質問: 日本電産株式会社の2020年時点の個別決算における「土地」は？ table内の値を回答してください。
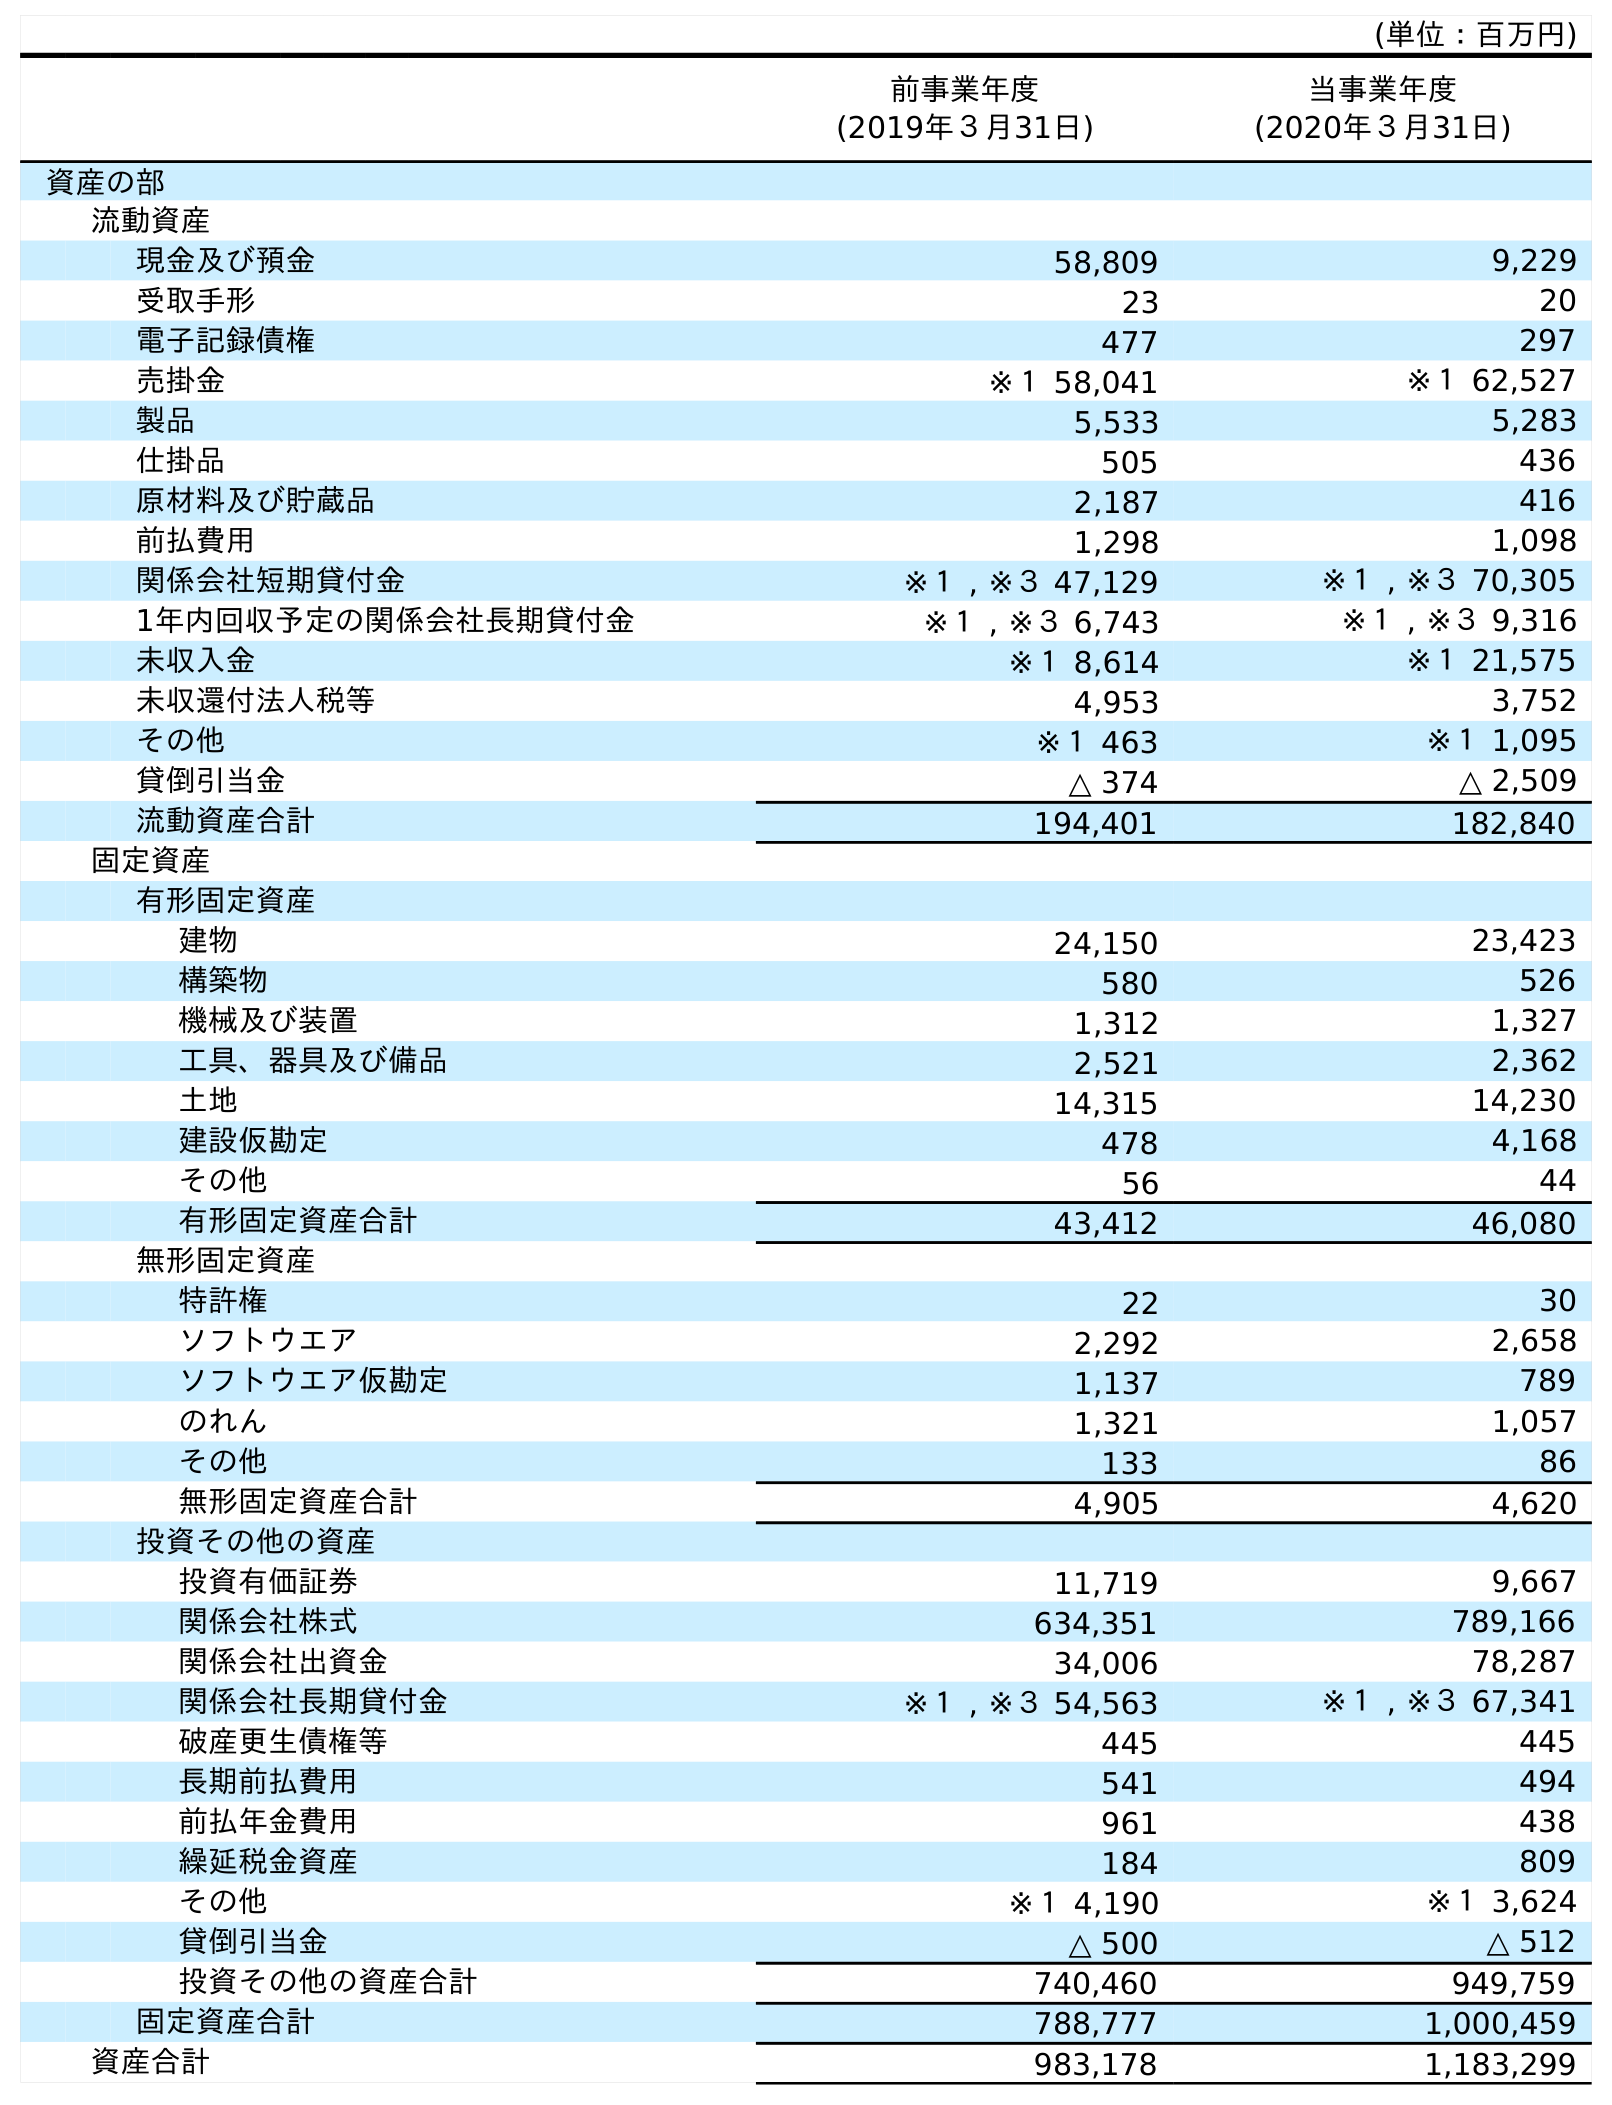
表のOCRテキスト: (単位：百万円) 前事業年度 (2019年３月31日) 当事業年度 (2020年３月31日) 資産の部 流動資産 現金及び預金 58,809 9,229 受取手形 23 20 電子記録債権 477 297 売掛金 ※１ 58,041 ※１ 62,527 製品 5,533 5,283 仕掛品 505 436 原材料及び貯蔵品 2,187 416 前払費用 1,298 1,098 関係会社短期貸付金 ※１ , ※３ 47,129 ※１ , ※３ 70,305 1年内回収予定の関係会社長期貸付金 ※１ , ※３ 6,743 ※１ , ※３ 9,316 未収入金 ※１ 8,614 ※１ 21,575 未収還付法人税等 4,953 3,752 その他 ※１ 463 ※１ 1,095 貸倒引当金 △ 374 △ 2,509 流動資産合計 194,401 182,840 固定資産 有形固定資産 建物 24,150 23,423 構築物 580 526 機械及び装置 1,312 1,327 工具、器具及び備品 2,521 2,362 土地 14,315 14,230 建設仮勘定 478 4,168 その他 56 44 有形固定資産合計 43,412 46,080 無形固定資産 特許権 22 30 ソフトウエア 2,292 2,658 ソフトウエア仮勘定 1,137 789 のれん 1,321 1,057 その他 133 86 無形固定資産合計 4,905 4,620 投資その他の資産 投資有価証券 11,719 9,667 関係会社株式 634,351 789,166 関係会社出資金 34,006 78,287 関係会社長期貸付金 ※１ , ※３ 54,563 ※１ , ※３ 67,341 破産更生債権等 445 445 長期前払費用 541 494 前払年金費用 961 438 繰延税金資産 184 809 その他 ※１ 4,190 ※１ 3,624 貸倒引当金 △ 500 △ 512 投資その他の資産合計 740,460 949,759 固定資産合計 788,777 1,000,459 資産合計 983,178 1,183,299
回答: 14,230